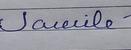
Signature authenticity: forged